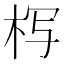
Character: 𰗚